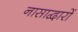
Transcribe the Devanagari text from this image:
नासाद्वारों